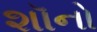
શૉનો